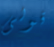
قولى